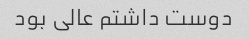
دوست داشتم عالی بود